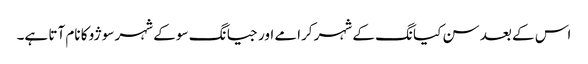
اس کے بعد سن کیانگ کے شہر کرامے اور جیانگ سو کے شہر سوژو کا نام آتا ہے۔